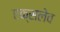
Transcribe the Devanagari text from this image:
एक्सलेव